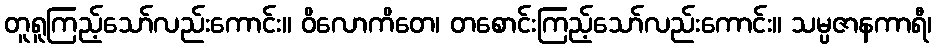
တူရူကြည့်သော်လည်းကောင်း။ ဝိလောကိတေ၊ တစောင်းကြည့်သော်လည်းကောင်း။ သမ္ပဇာနကာရီ၊